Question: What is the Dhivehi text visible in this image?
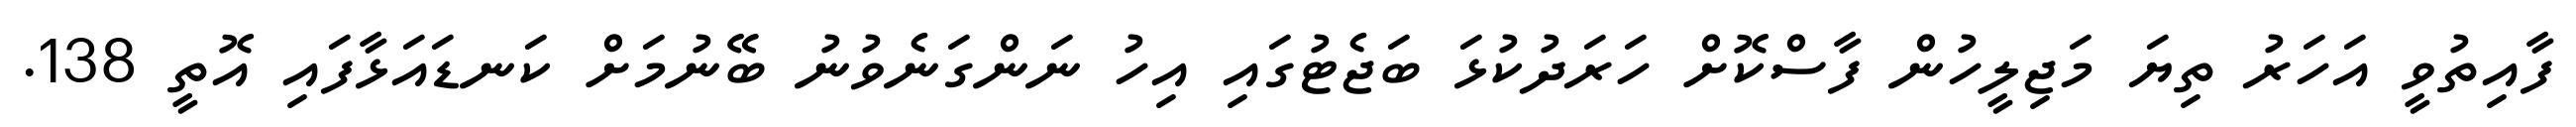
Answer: ފާއިތުވީ އަހަރު ތިޔަ މަޖިލީހުން ފާސްކޮށް ހަރަދުކުޅަ ބަޖެޓުގައި އިހު ނަންގަނެވުނު ބޭނުމަށް ކަނޑައަޅާފައި އޮތީ 138.